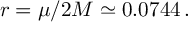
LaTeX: r = \mu / 2 M \simeq 0 . 0 7 4 4 \, .